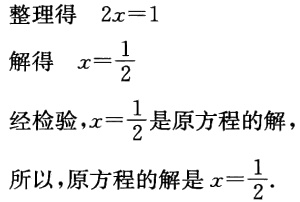
整理得 \(2x = 1\)

解得 \(x=\frac{1}{2}\)

经检验，\(x = \frac{1}{2}\) 是原方程的解

所以，原方程的解是 \(x=\frac{1}{2}\)．